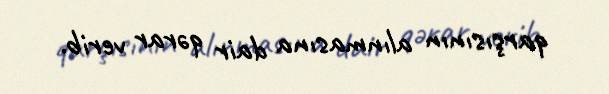
qarşısının alınmasına dair qərar verib.